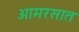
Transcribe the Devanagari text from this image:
आमरसात